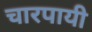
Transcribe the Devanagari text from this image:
चारपायी